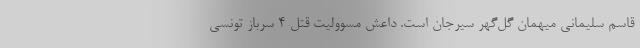
قاسم سلیمانی میهمان گل‌گهر سیرجان است. داعش مسوولیت قتل ۴ سرباز تونسی